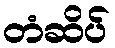
တံဆိပ်